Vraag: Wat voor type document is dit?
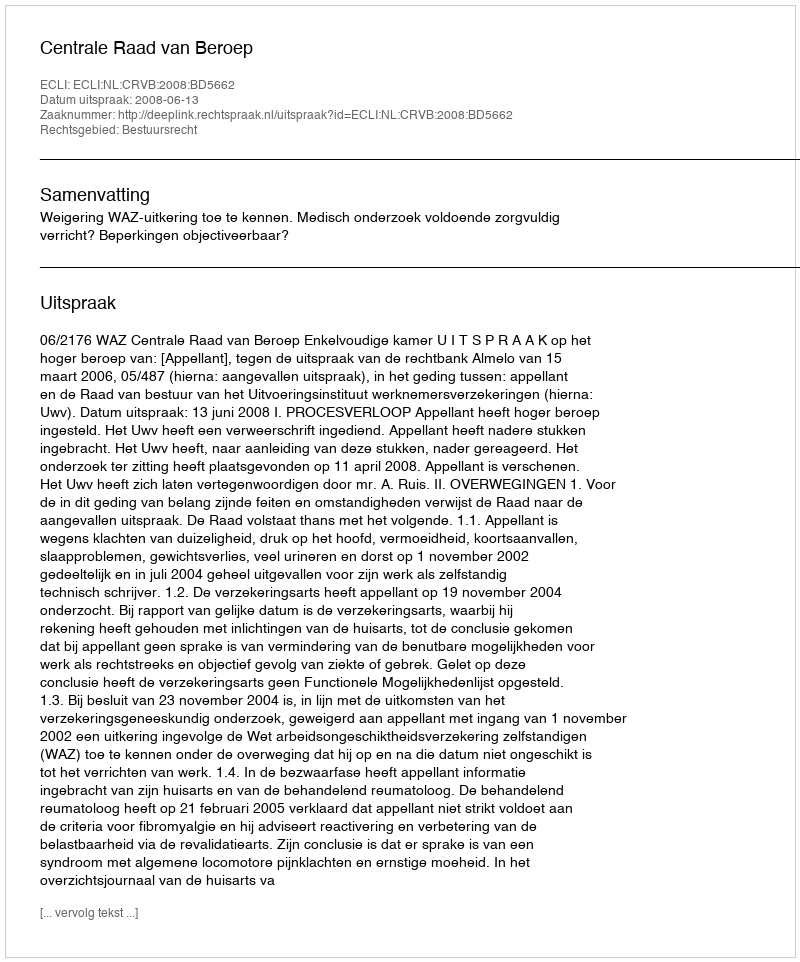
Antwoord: Uitspraak